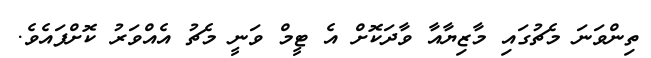
ތިންވަނަ މެޗުގައި މާޒިޔާއާ ވާދަކޮށް އެ ޓީމް ވަނީ މެޗު އެއްވަރު ކޮށްފައެވެ.